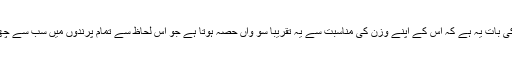
مگر مزے کی بات یہ ہے کہ اس کے اپنے وزن کی مناسبت سے یہ تقریباً سو واں حصہ ہوتا ہے جو اس لحاظ سے تمام پرندوں میں سب سے چھوٹا ہوتا ہے۔